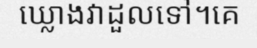
ឃ្លោងវាដួលទៅ។គេ